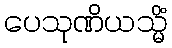
ပေသုဏိယသ္မိံ